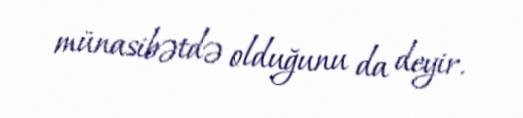
münasibətdə olduğunu da deyir.